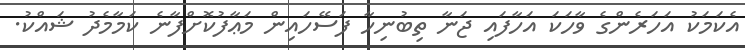
އެކަމަކު އަހަރެންގެ ވާހަކަ އަހާފައި ޖަނާ ތިބުނިހާ ފަސޭހައިން މަޢާފުކޮށްފާނެ ކަމާމެދު ޝައްކު.